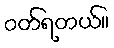
ဝတ်ရတယ်။